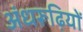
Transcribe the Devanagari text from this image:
अंधरूढ़ियों